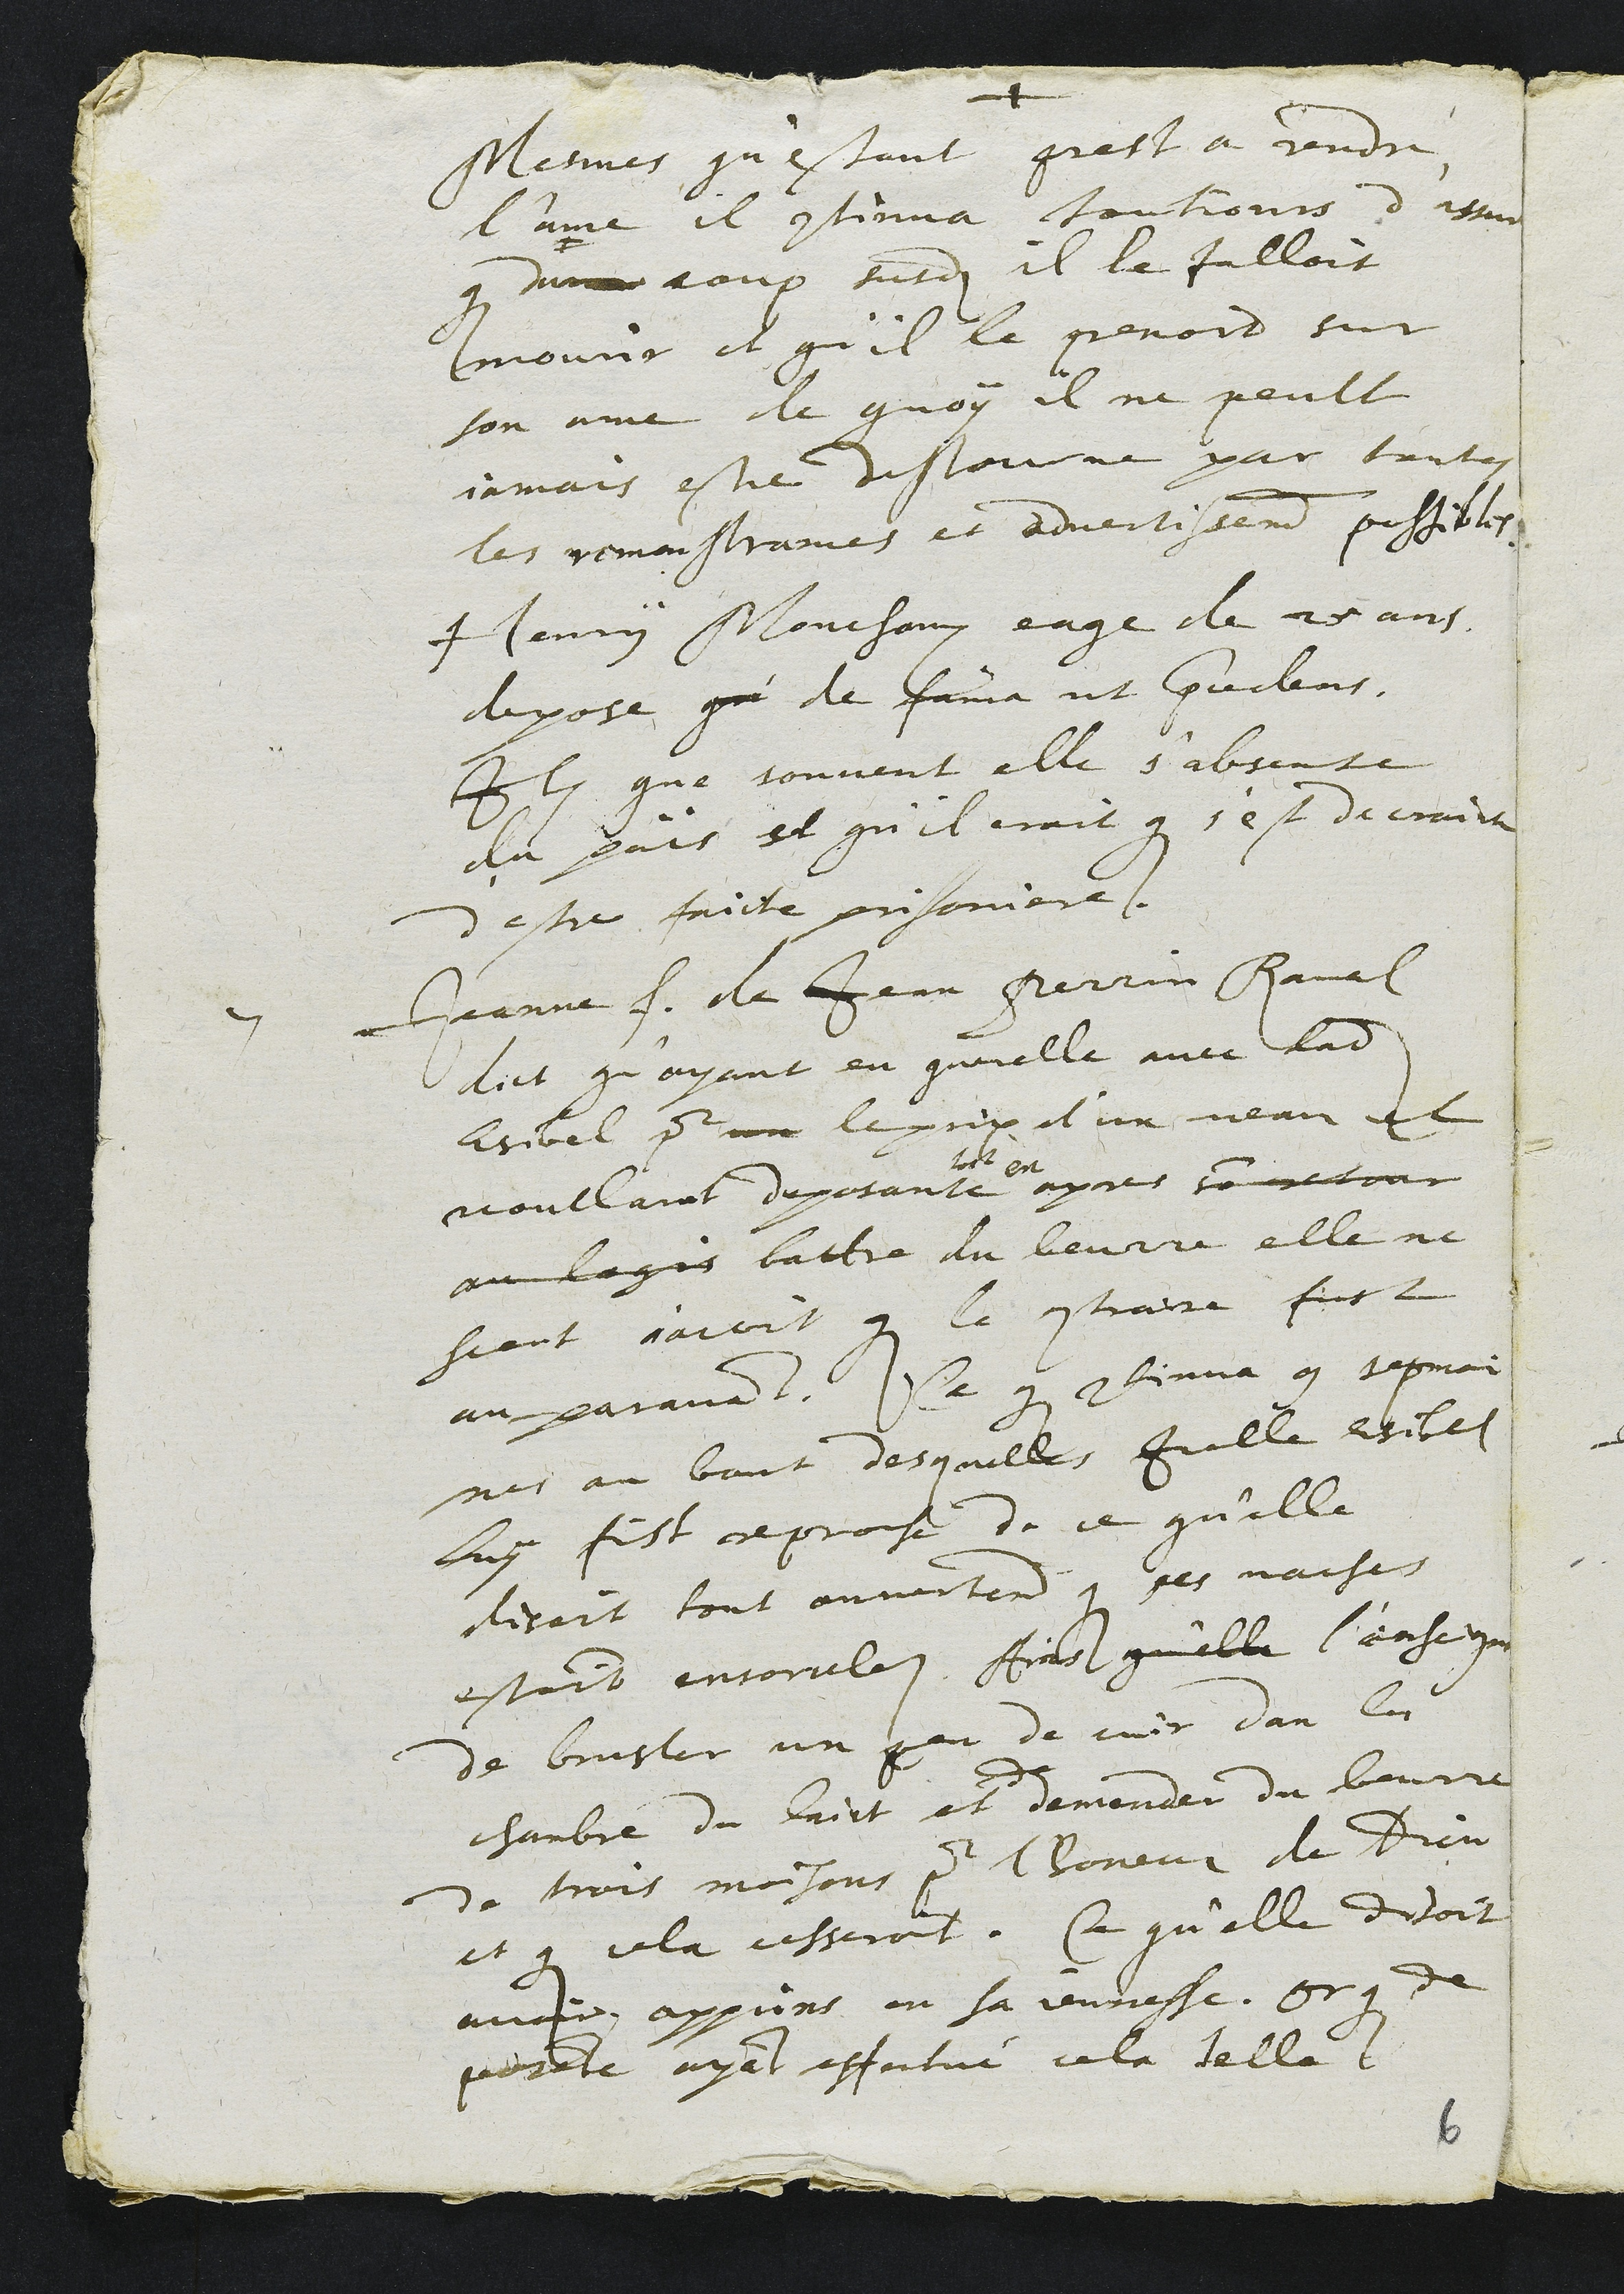
Mesmes qu'estant prest a rendre
l'ame il continua toutjours d'assurer
que dume coup susdit il le falloit
mourir et qu'il le prenoit sur
son ame de quoy il ne peult
jamais estre destourne par toutes
les remonstrances et advertissements possibles.
Henry Mouchaux eage de 25 ans
depose qui de fama ut precedens.
Item que souvent elle s'absente
du païs et qu'il croit que s'est de crainte
d'estre faicte prisoniere.
7 Jeanne f. de Jean Perrin Raval
dict qu'ayant eu querelle avec ladite
Esibel pour un le prix d'un veau et
voullant deposante
tost en
apres son retour
au logis battre du beurre elle ne
sceut n'avoit que le contraire fust
auparavant. Ce que continua 9 sepmai
nes au bout desquelles Icelle Esibel
luy fist reproche de ce qu'elle
disoit tout ouvertement que ses vaches
estoint ensorceles Ains qu'elle l'enseigna
de brusler un peu de cuir dan la
chambre du laict et
de
demander du beurre
de trois maisons pour l'honeur de Dieu
et que cela cesseroit. Ce qu'elle disoit
avoir apprins en sa jeunesse. Or que de
posante ayant effectué cela telle